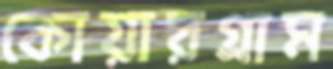
কোয়ারগ্রাম